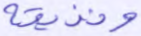
ونذيقه